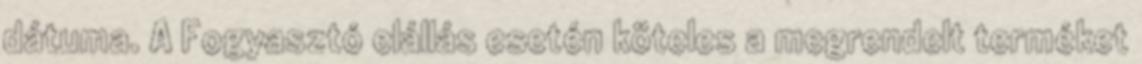
dátuma. A Fogyasztó elállás esetén köteles a megrendelt terméket